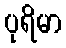
ပုရိမာ